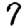
Digit: 7